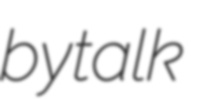
bytalk